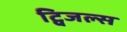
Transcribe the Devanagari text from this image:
ट्विजल्स